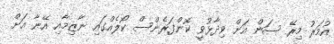
އުމަރު މިރޭ ސަން އަށް ވިދާޅުވީ ކޮންފަރެންސް ކޯލެއްގައި ނާޒިމާއި އޭނާ އަށް